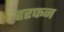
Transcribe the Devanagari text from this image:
हरफन